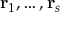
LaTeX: \mathbf { r } _ { 1 } , \dots , \mathbf { r } _ { s }